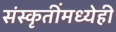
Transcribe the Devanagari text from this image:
संस्कृतींमध्येही